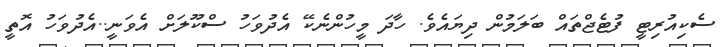
ސެކިއުރިޓީ ފުޓެޖްތައް ބަލަމުން ދިޔައެވެ. ހާދަ މީހުންނެކޭ އެދުވަހު ސްކޫލަށް އެވަނީ..އެދުވަހު އޮތީ